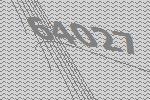
64027